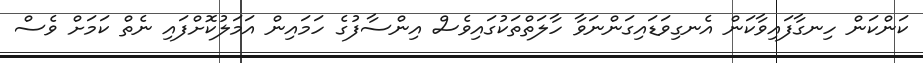
ކަންކަން ހިނގާފައިވާކަން އެނގިވަޑައިގަންނަވާ ހާލަތްތަކުގައިވެސް އިންސާފުގެ ހަމައިން އަމަލުކޮށްފައި ނެތް ކަމަށް ވެސް